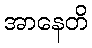
အာနေတိ